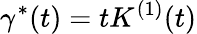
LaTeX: \gamma^{*}(t)=tK^{(1)}(t)